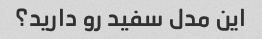
این مدل سفید رو دارید؟